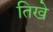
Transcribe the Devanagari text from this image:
तिखे